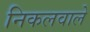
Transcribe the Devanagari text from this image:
निकलवाले